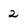
Character: 2